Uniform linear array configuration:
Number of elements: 8
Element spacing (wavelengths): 0.75
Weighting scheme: exponential
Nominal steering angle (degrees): -30
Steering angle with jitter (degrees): -31.307
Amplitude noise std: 0.05
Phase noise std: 0.05

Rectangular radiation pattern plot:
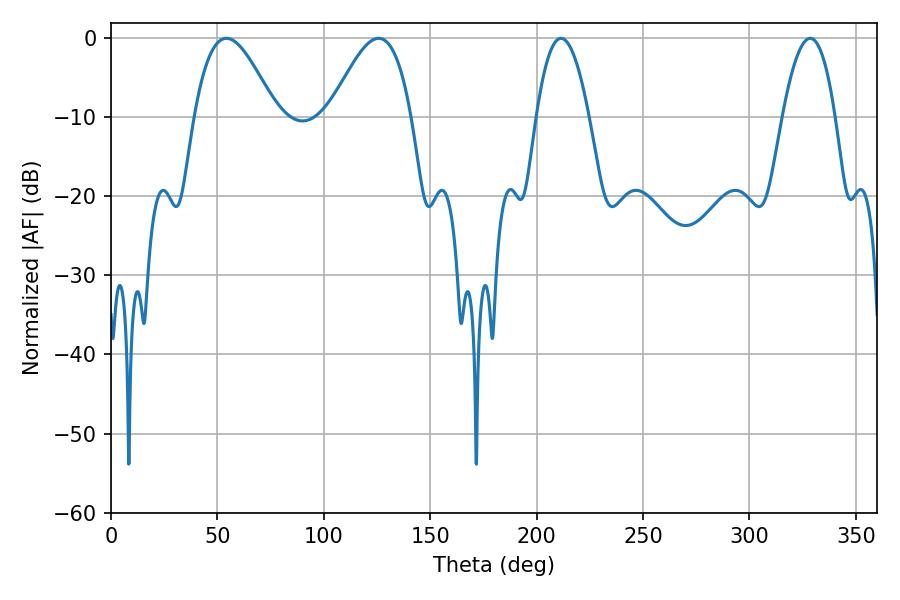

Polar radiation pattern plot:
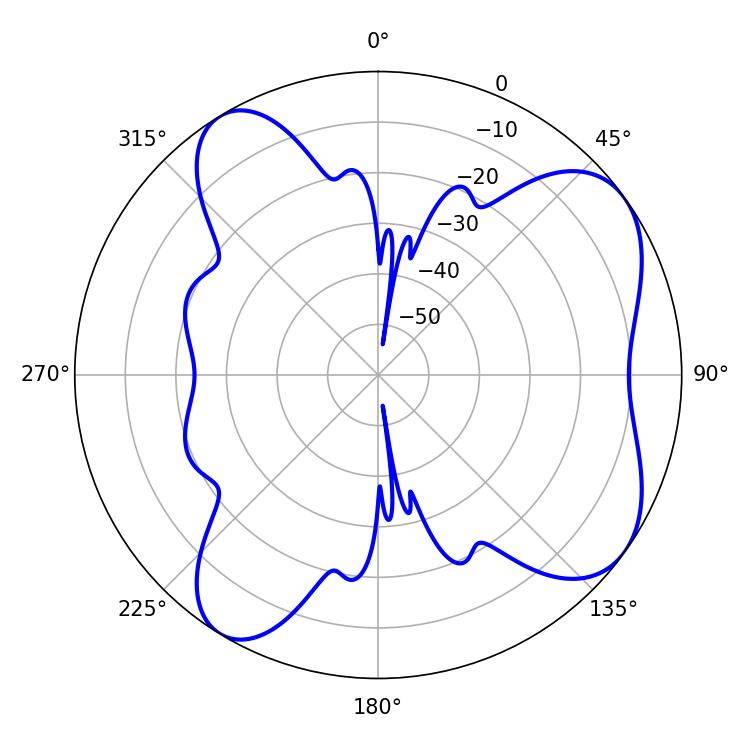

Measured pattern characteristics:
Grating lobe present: TRUE
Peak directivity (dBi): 6.917
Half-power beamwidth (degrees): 20.7
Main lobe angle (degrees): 54.18